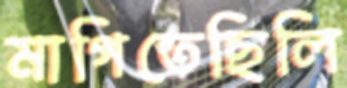
মাগিতেছিলি